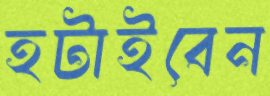
হটাইবেন